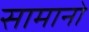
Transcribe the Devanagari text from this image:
सामानो